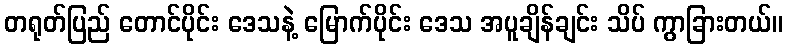
တရုတ်ပြည် တောင်ပိုင်း ဒေသနဲ့ မြောက်ပိုင်း ဒေသ အပူချိန်ချင်း သိပ် ကွာခြားတယ်။